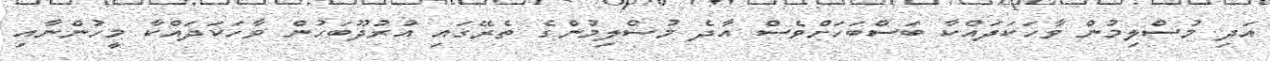
އަދި މުސްލިމުން ވާހަކަދައްކާ ބަސްބަހަށްވެސް އާދެ މުސްލިމުންގެ ތެރޭގައި އުރުދޫބަހުން ވާހަކަދައްކާ މީހުންނާއި